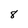
Character: 8